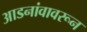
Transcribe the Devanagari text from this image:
आडनांवावरून